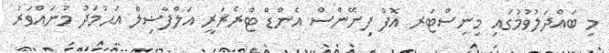
މި ބައްދަލުވުމުގައި މިނިސްޓަރ އޮފް ފިނޭންސް އެންޑް ޓްރެޜަރީ އަލްފާޟިލް އަޙުމަދު މުނައްވަރު